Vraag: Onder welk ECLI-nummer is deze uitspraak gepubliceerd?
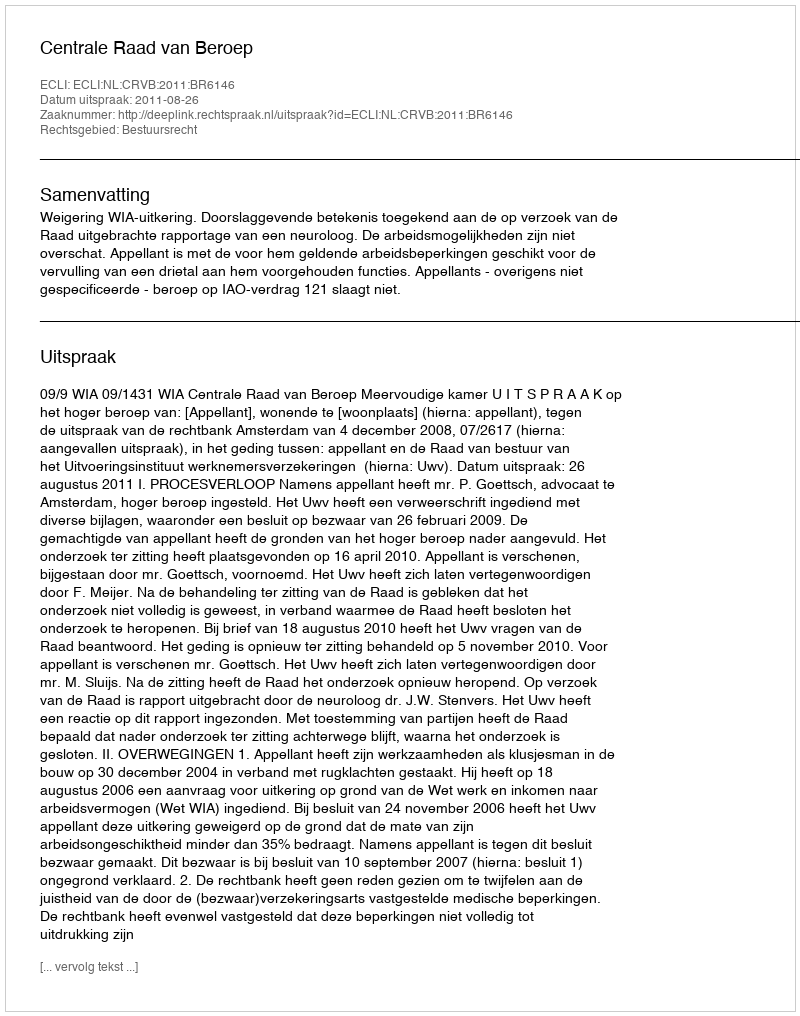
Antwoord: ECLI:NL:CRVB:2011:BR6146